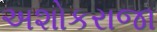
અશોકરાજા